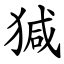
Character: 㺂